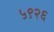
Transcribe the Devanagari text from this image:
५९२६